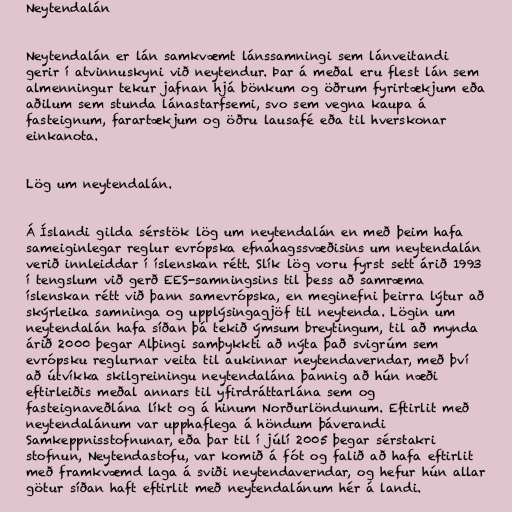
Neytendalán

Neytendalán er lán samkvæmt lánssamningi sem lánveitandi
gerir í atvinnuskyni við neytendur. Þar á meðal eru flest lán sem
almenningur tekur jafnan hjá bönkum og öðrum fyrirtækjum eða
aðilum sem stunda lánastarfsemi, svo sem vegna kaupa á
fasteignum, farartækjum og öðru lausafé eða til hverskonar
einkanota.

Lög um neytendalán.

Á Íslandi gilda sérstök lög um neytendalán en með þeim hafa
sameiginlegar reglur evrópska efnahagssvæðisins um neytendalán
verið innleiddar í íslenskan rétt. Slík lög voru fyrst sett árið 1993
í tengslum við gerð EES-samningsins til þess að samræma
íslenskan rétt við þann samevrópska, en meginefni þeirra lýtur að
skýrleika samninga og upplýsingagjöf til neytenda. Lögin um
neytendalán hafa síðan þá tekið ýmsum breytingum, til að mynda
árið 2000 þegar Alþingi samþykkti að nýta það svigrúm sem
evrópsku reglurnar veita til aukinnar neytendaverndar, með því
að útvíkka skilgreiningu neytendalána þannig að hún næði
eftirleiðis meðal annars til yfirdráttarlána sem og
fasteignaveðlána líkt og á hinum Norðurlöndunum. Eftirlit með
neytendalánum var upphaflega á höndum þáverandi
Samkeppnisstofnunar, eða þar til í júlí 2005 þegar sérstakri
stofnun, Neytendastofu, var komið á fót og falið að hafa eftirlit
með framkvæmd laga á sviði neytendaverndar, og hefur hún allar
götur síðan haft eftirlit með neytendalánum hér á landi.